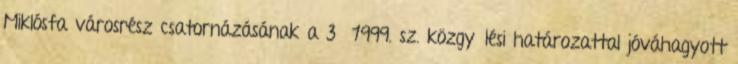
Miklósfa városrész csatornázásának a 3 1999. sz. közgyűlési határozattal jóváhagyott